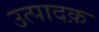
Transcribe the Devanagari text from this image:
उत्पादक़